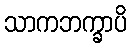
သာကဘက္ခာပိ